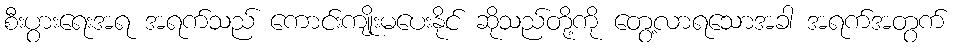
စီးပွားရေးအရ အရက်သည် ကောင်းကျိုးမပေးနိုင် ဆိုသည်တို့ကို တွေ့လာရသောအခါ အရက်အတွက်